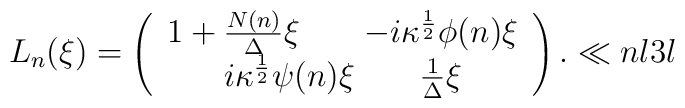
{ L}_{n}(\xi)  = \left( \begin{array}{c} { 1 +{N(n)\over  \Delta }\xi  } \qquad {- i  \kappa^{1 \over 2}\phi(n)\xi} \\{i  \kappa^{1 \over 2}\psi(n)\xi  } \qquad {{1\over\Delta}\xi}    \end{array} \right).\ll{nl3l}